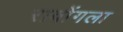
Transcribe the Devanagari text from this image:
रावोंगला